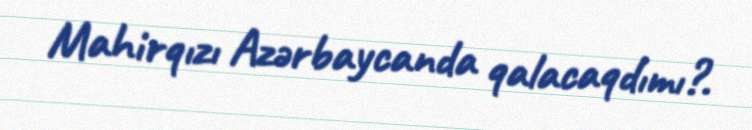
Mahirqızı Azərbaycanda qalacaqdımı?.